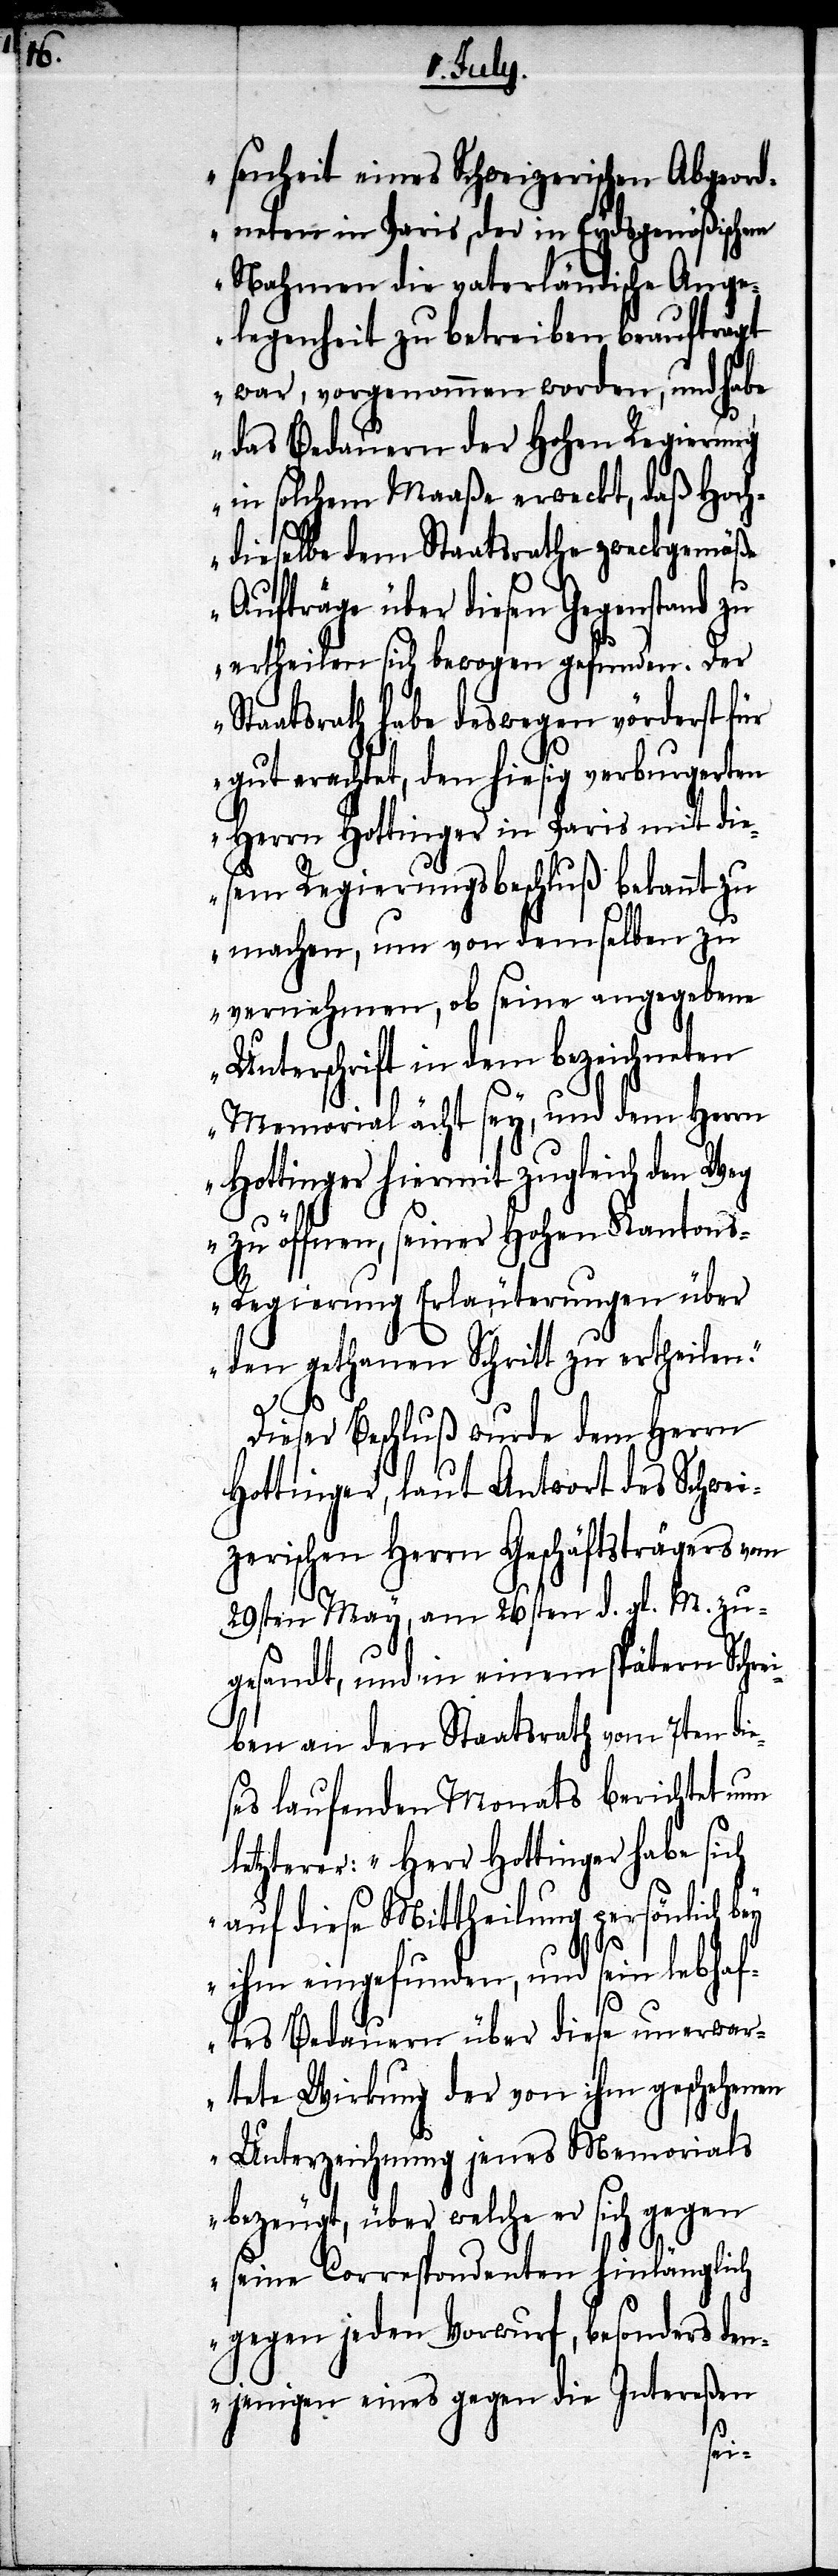
senheit eines Schweizerischen Abgeord¬
neten in Paris, der in Eydsgenößischen
Nahmen die vaterländische Ange¬
legenheit zu betreiben beauftragt
war, vorgenommen worden, und habe
das Bedauern der hohen Regierung
in solchem Maaße erweckt, daß Hoch¬
dieselbe dem Staatsrathe zweckgemäße
Aufträge über diesen Gegenstand zu
ertheilen sich bewogen gefunden. Der
Staatsrath habe deswegen vörderst für
gut erachtet, den hiesig verburgerten
Herrn Hottinger in Paris mit die¬
sem Regierungsbeschluß bekannt zu
machen, um von demselben zu
vernehmen, ob seine angegebene
Unterschrift in dem bezeichneten
Memorial ächt sey, und dem Herrn
Hottinger hiermit zugleich den Weg
zu öffnen, seiner Hohen Kanton¬
s-Regierung Erläuterungen über
den gethanen Schritt zu ertheilen.“
Dieser Beschluß wurde dem Herrn
Hottinger, laut Antwort des Schwei¬
zerischen Herrn Geschäftsträgers vom
29sten May, am 26sten d. gl. M. zu¬
gesandt, und in einem spätern Schrei¬
ben an den Staatsrath vom 7ten die¬
ses laufenden Monats berichtet nun
letzterer: „Herr Hottinger habe sich
auf diese Mittheilung persönlich
ihm eingefunden, und sein lebhaf¬
tes Bedauern über diese unerwar¬
tete Wirkung der von ihm geschehenen
Unterzeichnung jenes Memorials
bezeugt, über welche er sich gegen
seine Correspondenten hinlänglich
gegen jeden Vorwurf, besonders den¬
jenigen eines gegen die Intereßen